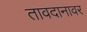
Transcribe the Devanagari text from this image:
तावदानावर